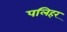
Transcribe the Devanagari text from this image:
पलिहर